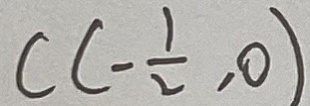
C ( - \frac { 1 } { 2 } , 0 )